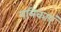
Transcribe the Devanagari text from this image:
पत्रिकाएं